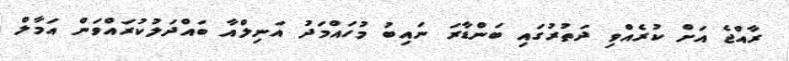
ރާއްޖެ އަށް ކުރެއްވި ދަތުރުގައި ބަންޑާރަ ނައިބު މުހައްމަދު އަނިލްއާ ބައްދަލުކުރައްވަން އަމާލް